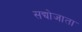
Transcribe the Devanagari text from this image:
सद्योजाता